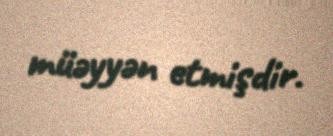
müəyyən etmişdir.